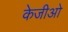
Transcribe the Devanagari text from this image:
केजीओ